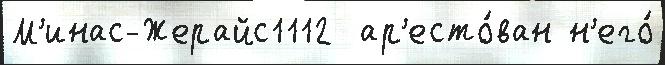
М'инас-Жерайс1112  ар'есто́ван н'его́